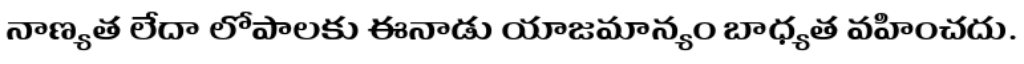
నాణ్యత లేదా లోపాలకు ఈనాడు యాజమాన్యం బాధ్యత వహించదు.